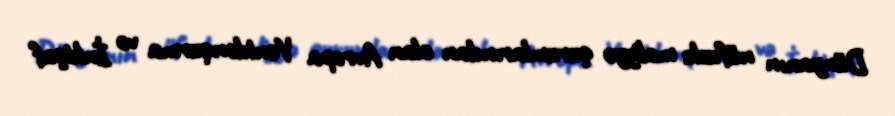
Dünyanın nüfuzlu maliyyə qurumlarından olan Avropa Yenidənqurma və İnkişaf